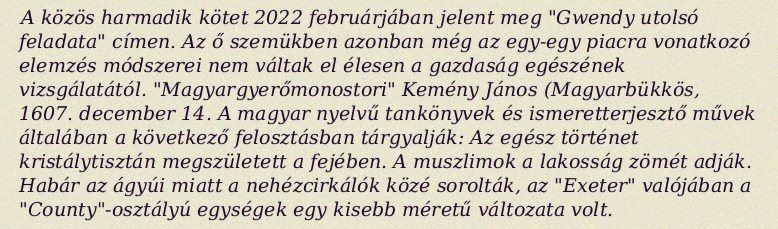
A közös harmadik kötet 2022 februárjában jelent meg "Gwendy utolsó feladata" címen. Az ő szemükben azonban még az egy-egy piacra vonatkozó elemzés módszerei nem váltak el élesen a gazdaság egészének vizsgálatától. "Magyargyerőmonostori" Kemény János (Magyarbükkös, 1607. december 14. A magyar nyelvű tankönyvek és ismeretterjesztő művek általában a következő felosztásban tárgyalják: Az egész történet kristálytisztán megszületett a fejében. A muszlimok a lakosság zömét adják. Habár az ágyúi miatt a nehézcirkálók közé sorolták, az "Exeter" valójában a "County"-osztályú egységek egy kisebb méretű változata volt.